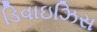
ડિવાઇઝિસ